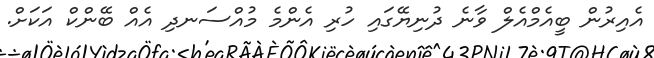
އެއިރުން ބީއެމްއެލް ވާނެ ދުނިޔޭގައި ހުރި އެންމެ މުއްސަނދި އެއް ބޭންކް އަކަށް.